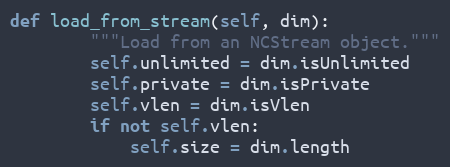
Language: Python
def load_from_stream(self, dim):
        """Load from an NCStream object."""
        self.unlimited = dim.isUnlimited
        self.private = dim.isPrivate
        self.vlen = dim.isVlen
        if not self.vlen:
            self.size = dim.length